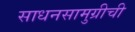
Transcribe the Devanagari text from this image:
साधनसामुग्रीची